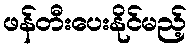
ဖန်တီးပေးနိုင်မည့်